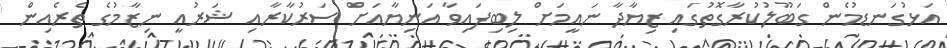
އަޅުގަނޑުމެން ގަބޫލުކުރާގޮތުގައި ޒިޔާދާ ނައީމަށް ލިބިފައިވާ އަނިޔާއަށް ސަރުކާރާއި ޝަރުއީ ނިޒާމުގެ ތެރެއިން